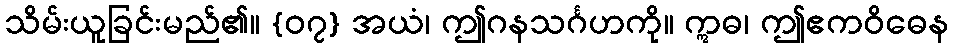
သိမ်းယူခြင်းမည်၏။ {၀၇} အယံ၊ ဤဂနသင်္ဂဟကို။ ဣဓ၊ ဤဧကဝိဓေန